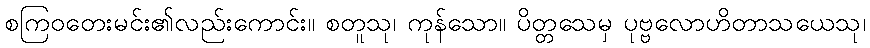
စကြဝတေးမင်း၏လည်းကောင်း။ စတူသု၊ ကုန်သော။ ပိတ္တသေမှ ပုဗ္ဗလောဟိတာသယေသု၊